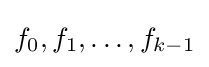
f_{0},f_{1},\ldots ,f_{k-1}